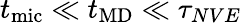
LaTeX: t_{\mathrm{mic}}\ll t_{\mathrm{MD}}\ll\tau_{NVE}